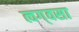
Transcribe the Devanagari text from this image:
त्वग्‌वसा